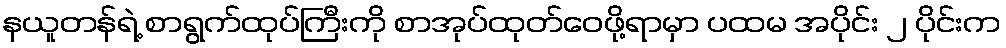
နယူတန်ရဲ့ စာရွက်ထုပ်ကြီးကို စာအုပ်ထုတ်ဝေဖို့ရာမှာ ပထမ အပိုင်း ၂ ပိုင်းက